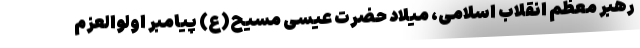
رهبر معظم انقلاب اسلامی، میلاد حضرت عیسی مسیح(ع) پیامبر اولوالعزم